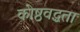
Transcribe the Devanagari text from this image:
कोष्ठवद्धता